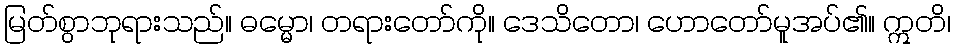
မြတ်စွာဘုရားသည်။ ဓမ္မော၊ တရားတော်ကို။ ဒေသိတော၊ ဟောတော်မူအပ်၏။ ဣတိ၊